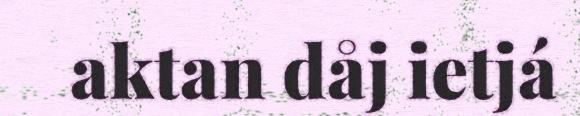
aktan dåj ietjá